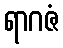
ရာဂဇံ